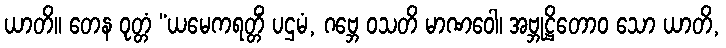
ယာတိ။ တေန ဝုတ္တံ “ယမေကရတ္တိံ ပဌမံ, ဂဗ္ဘေ ဝသတိ မာဏဝေါ၊ အဗ္ဘုဋ္ဌိတောဝ သော ယာတိ,